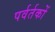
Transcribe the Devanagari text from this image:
पर्वर्तकों